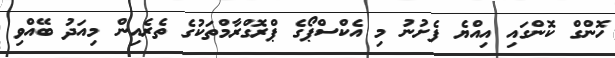
ހޮންގް ކޮންގައި އިއްޔެ ފެށުނު މި އެކްސްޕޯގެ ޕްރޮގްރާމްތަކުގެ ތެރެއިން މިއަދު ބޭއްވި